Indian journal of veterinary science and animal husbandry - Volumes 15-17, 1948-1951
Year: 1948
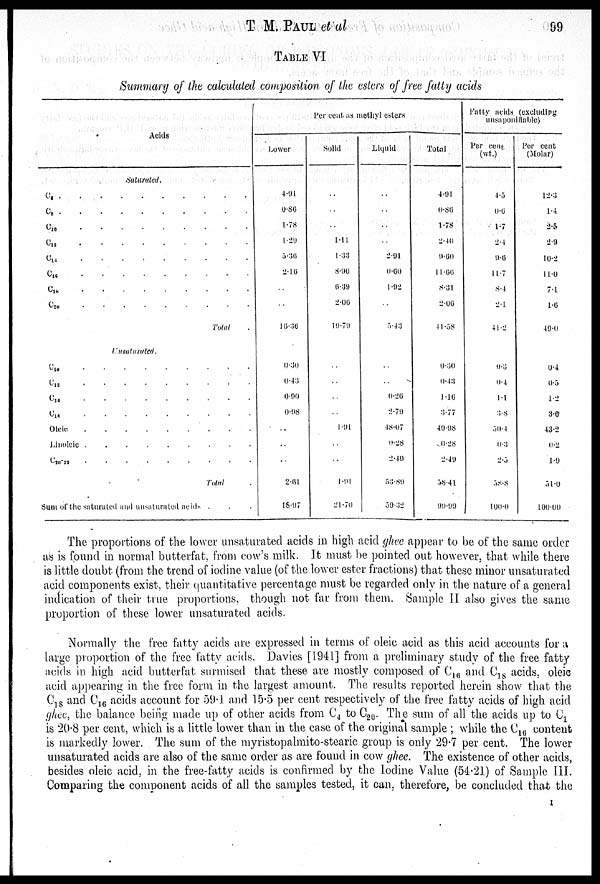
T. M. PAUL et al
99
TABLEVI
Summary of the calculated composition of the esters of free fatty acids
Acids
Saturated.
C4 . . . . .
C 8 .
.
.
.
.
C10 . . . . .
C 12 . . . . .
C 14 . . . . .
C16 . . . .
C18
.
.
.
.
.
C 20
.
.
.
.
Total
Unsatuated.
C 10 . . . .
C12 . . . .
C14
.
.
.
.
.
C 16 . . . .
Oleic
.
.
.
.
Linoleic .
.
.
.
.
.
.
C20-22 . . . .
Total
Sum of the saturated and unsaturated acid
Per
cent as methyl esters
Lower
4.91
0.86
1.78
1.29
5.36
2.16
..
..
16.36
0.30
0.43
0.90
0.98
..
..
..
2.61
18.97
Solid
..
..
..
..
1.11
1.33
8.90
6.39
2.06
19.79
..
..
..
..
1.91
..
..
1.91
21.70
Liquid
..
..
..
..
..
2.91
0.60
1.92
..
5.43
..
..
0.26
2.79
48.07
0.28
2.49
53.89
59.32
Total
4.91
0.86
1.78
2.40
9.60
11.66
8.31
2.06
41.58
0.30
0.43
1.16
3.77
49.98
0.28
2.49
58.41
99.99
Fatty acids (excluding
unsaponifiable)
Per cent.
(wt.)
4.5
0.6
1.7
2.4
9.6
11.7
8.4
2.1
41.2
0.3
0.4
1.1
8.8
50.4
0.3
2.5
58.8
100.0
Per cent
(Molar)
12.3
1.4
2.5
2.9
10.2
11.0
7.1
1.6
49.0
0.4
0.5
1.2
3.6
43.2
0.2
1.9
51.0
100.00
The proportions of the lower unsaturated acids in high acid ghee appear to be of the same order
as is found in normal butterfat, from cow's milk. It must be pointed out however, that while there
is little doubt (from the trend of iodine value (of the lower ester fractions) that these minor unsaturated
acid components exist, their quantitative percentage must be regarded only in the nature of a general
indication of their true proportions, though not far from them. Sample II also gives the same
proportion of these lower unsaturated acids.
Normally the free fatty acids are expressed in terms of oleic acid as this acid accounts for a
large proportion of the free fatty acids. Davies [1941] from a preliminary study of the free fatty
acids in high acid butterfat surmised that these are mostly composed of C 16 and C 18 acids, oleic
acid appearing in the free form in the largest amount. The results reported herein show that the
C 18 and C 16 acids account for 59.1 and 15.5 per cent respectively of the free fatty acids of high acid
ghee, the balance being made up of other acids from C 4 to C 20 . The sum of all the acids up to C 1
is 20.8 per cent, which is a little lower than in the case of the original sample; while the C 16 content
is markedly lower. The sum of the myristopalmito-stearic group is only 29.7 per cent. The lower
unsaturated acids are also of the same order as are found in cow ghee. The existence of other acids,
besides oleic acid, in the free-fatty acids is confirmed by the Iodine Value (54.21) of Sample III.
Comparing the component acids of all. the samples tested, it can, therefore, be concluded that the
I